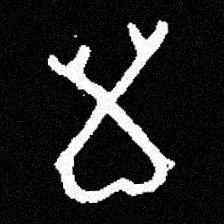
Pyu character \u2014 Myanmar letter: မ (romanized: ma)